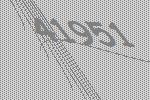
41951